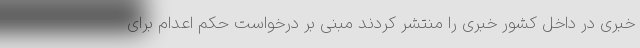
خبری در داخل کشور خبری را منتشر کردند مبنی بر درخواست حکم اعدام برای